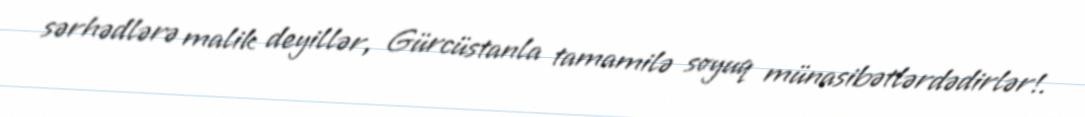
sərhədlərə malik deyillər, Gürcüstanla tamamilə soyuq münasibətlərdədirlər!.